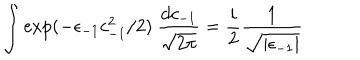
\int \exp ( - \epsilon _ { - 1 } c _ { - 1 } ^ { 2 } / 2 ) \ { \frac { d c _ { - 1 } } { \sqrt { 2 \pi } } } = { \frac { i } { 2 } } { \frac { 1 } { \sqrt { \vert \epsilon _ { - 1 } \vert } } }